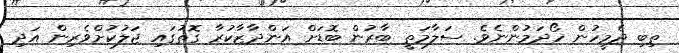
ތިބި ދެމީހުން ހޯދަމުންނެވެ. ސަލާމަތީ ބާރުން ބޮޑަށް އަންދާޒާކުރާ ގޮތުގައި ޖަލުކުށްވެރިން އަދި